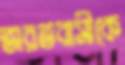
ভারতবাসীকে